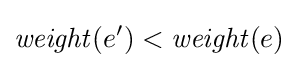
{\mathit {weight}}(e')<{\mathit {weight}}(e)